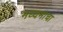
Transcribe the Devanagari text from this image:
मध्यमाचा